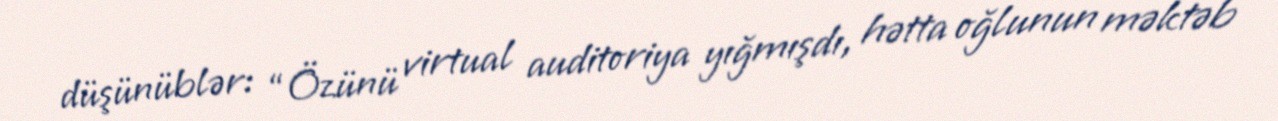
düşünüblər: “Özünü virtual auditoriya yığmışdı, hətta oğlunun məktəb